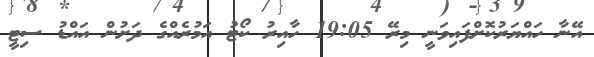
އޭނާ ހައްޔަރުކޮށްފައިވަނީ މިރޭ 19:05 ހާއިރު ކޯޓު އަމުރެއްގެ ދަށުން އައްޑު ސިޓީ